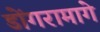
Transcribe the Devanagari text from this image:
डोंगरामागे